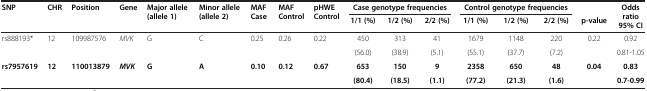
<table><thead><tr><td rowspan="2"><b>SNP</b></td><td rowspan="2"><b>CHR</b></td><td rowspan="2"><b>Position</b></td><td rowspan="2"><b>Gene</b></td><td rowspan="2"><b>Major allele (allele 1)</b></td><td rowspan="2"><b>Minor allele (allele 2)</b></td><td rowspan="2"><b>MAF Case</b></td><td rowspan="2"><b>MAF Control</b></td><td rowspan="2"><b>pHWE Control</b></td><td colspan="3"><b>Case genotype frequencies</b></td><td colspan="3"><b>Control genotype frequencies</b></td><td><b> </b></td><td rowspan="2"><b>Odds ratio 95% CI</b></td></tr><tr><td><b>1/1 (%)</b></td><td><b>1/2 (%)</b></td><td><b>2/2 (%)</b></td><td><b>1/1 (%)</b></td><td><b>1/2 (%)</b></td><td><b>2/2 (%)</b></td><td><b>p-value</b></td></tr></thead><tbody><tr><td rowspan="2">rs888193*</td><td rowspan="2">12</td><td rowspan="2">109987576</td><td rowspan="2"><i>MVK</i></td><td rowspan="2">G</td><td rowspan="2">C</td><td rowspan="2">0.25</td><td rowspan="2">0.26</td><td rowspan="2">0.22</td><td>450</td><td>313</td><td>41</td><td>1679</td><td>1148</td><td>220</td><td rowspan="2">0.22</td><td>0.92</td></tr><tr><td>(56.0)</td><td>(38.9)</td><td>(5.1)</td><td>(55.1)</td><td>(37.7)</td><td>(7.2)</td><td>0.81-1.05</td></tr><tr><td rowspan="2"><b>rs7957619</b></td><td rowspan="2"><b>12</b></td><td rowspan="2"><b>110013879</b></td><td rowspan="2"><b><i>MVK</i></b></td><td rowspan="2"><b>G</b></td><td rowspan="2"><b>A</b></td><td rowspan="2"><b>0.10</b></td><td rowspan="2"><b>0.12</b></td><td rowspan="2"><b>0.67</b></td><td><b>653</b></td><td><b>150</b></td><td><b>9</b></td><td><b>2358</b></td><td><b>650</b></td><td><b>48</b></td><td rowspan="2"><b>0.04</b></td><td><b>0.83</b></td></tr><tr><td><b>(80.4)</b></td><td><b>(18.5)</b></td><td><b>(1.1)</b></td><td><b>(77.2)</b></td><td><b>(21.3)</b></td><td><b>(1.6)</b></td><td><b>0.7-0.99</b></td></tr></tbody></table>